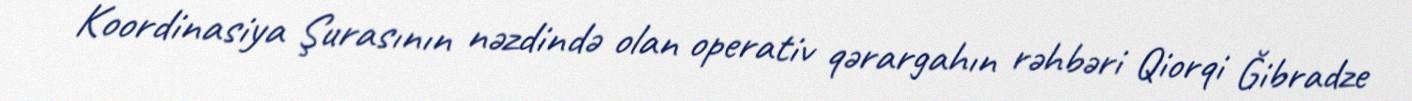
Koordinasiya Şurasının nəzdində olan operativ qərargahın rəhbəri Qiorqi Ğibradze